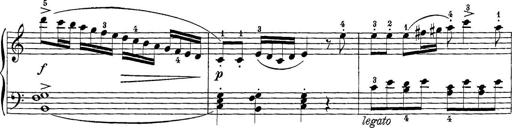
Title: 12 Sonatine per Pianoforte
Composer: Friedrich Kuhlau